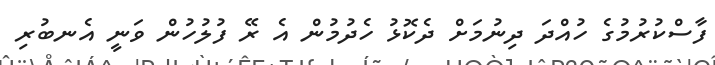
ފާސްކުރުމުގެ ހުއްދަ ދިނުމަށް ދެކޮޅު ހެދުމުން އެ ރޭ ފުލުހުން ވަނީ އެނބުރި